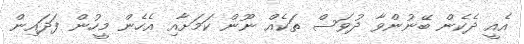
އެއީ ދެކެން ބޭނުންވާ ދުވަސް ތަކެއް ނޫން ކަމަށާއި އެހެން މީހުން ފަދައިން